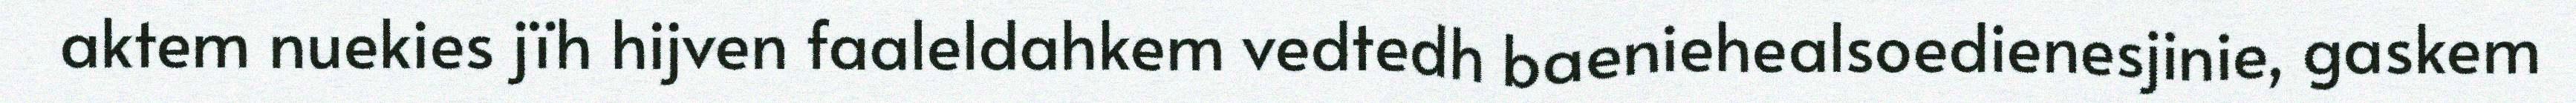
aktem nuekies jïh hijven faaleldahkem vedtedh baeniehealsoedienesjinie, gaskem